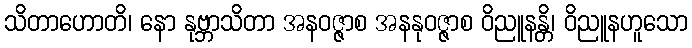
သိတာဟောတိ၊ နော နုဗ္ဘာသိတာ အနဝဇ္ဇာစ အနနုဝဇ္ဇာစ ဝိညူနန္တိ၊ ဝိညူနဟူသော